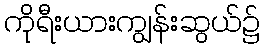
ကိုရီးယားကျွန်းဆွယ်၌